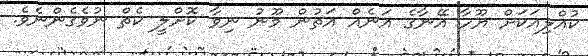
ކުއްލިއަކަށް ޔޫހާ އޭނާގެ އަނެއް އަތުން މޫނު ނިވާ ކޮށްލީ ކެތް ނުވެގެންނެވެ.